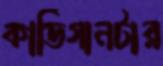
কার্ডিগানটার